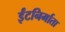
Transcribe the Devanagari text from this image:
ईंटनिर्माता